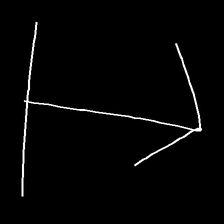
Glyph: levitation